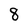
Character: 8